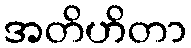
အတိဟိတာ